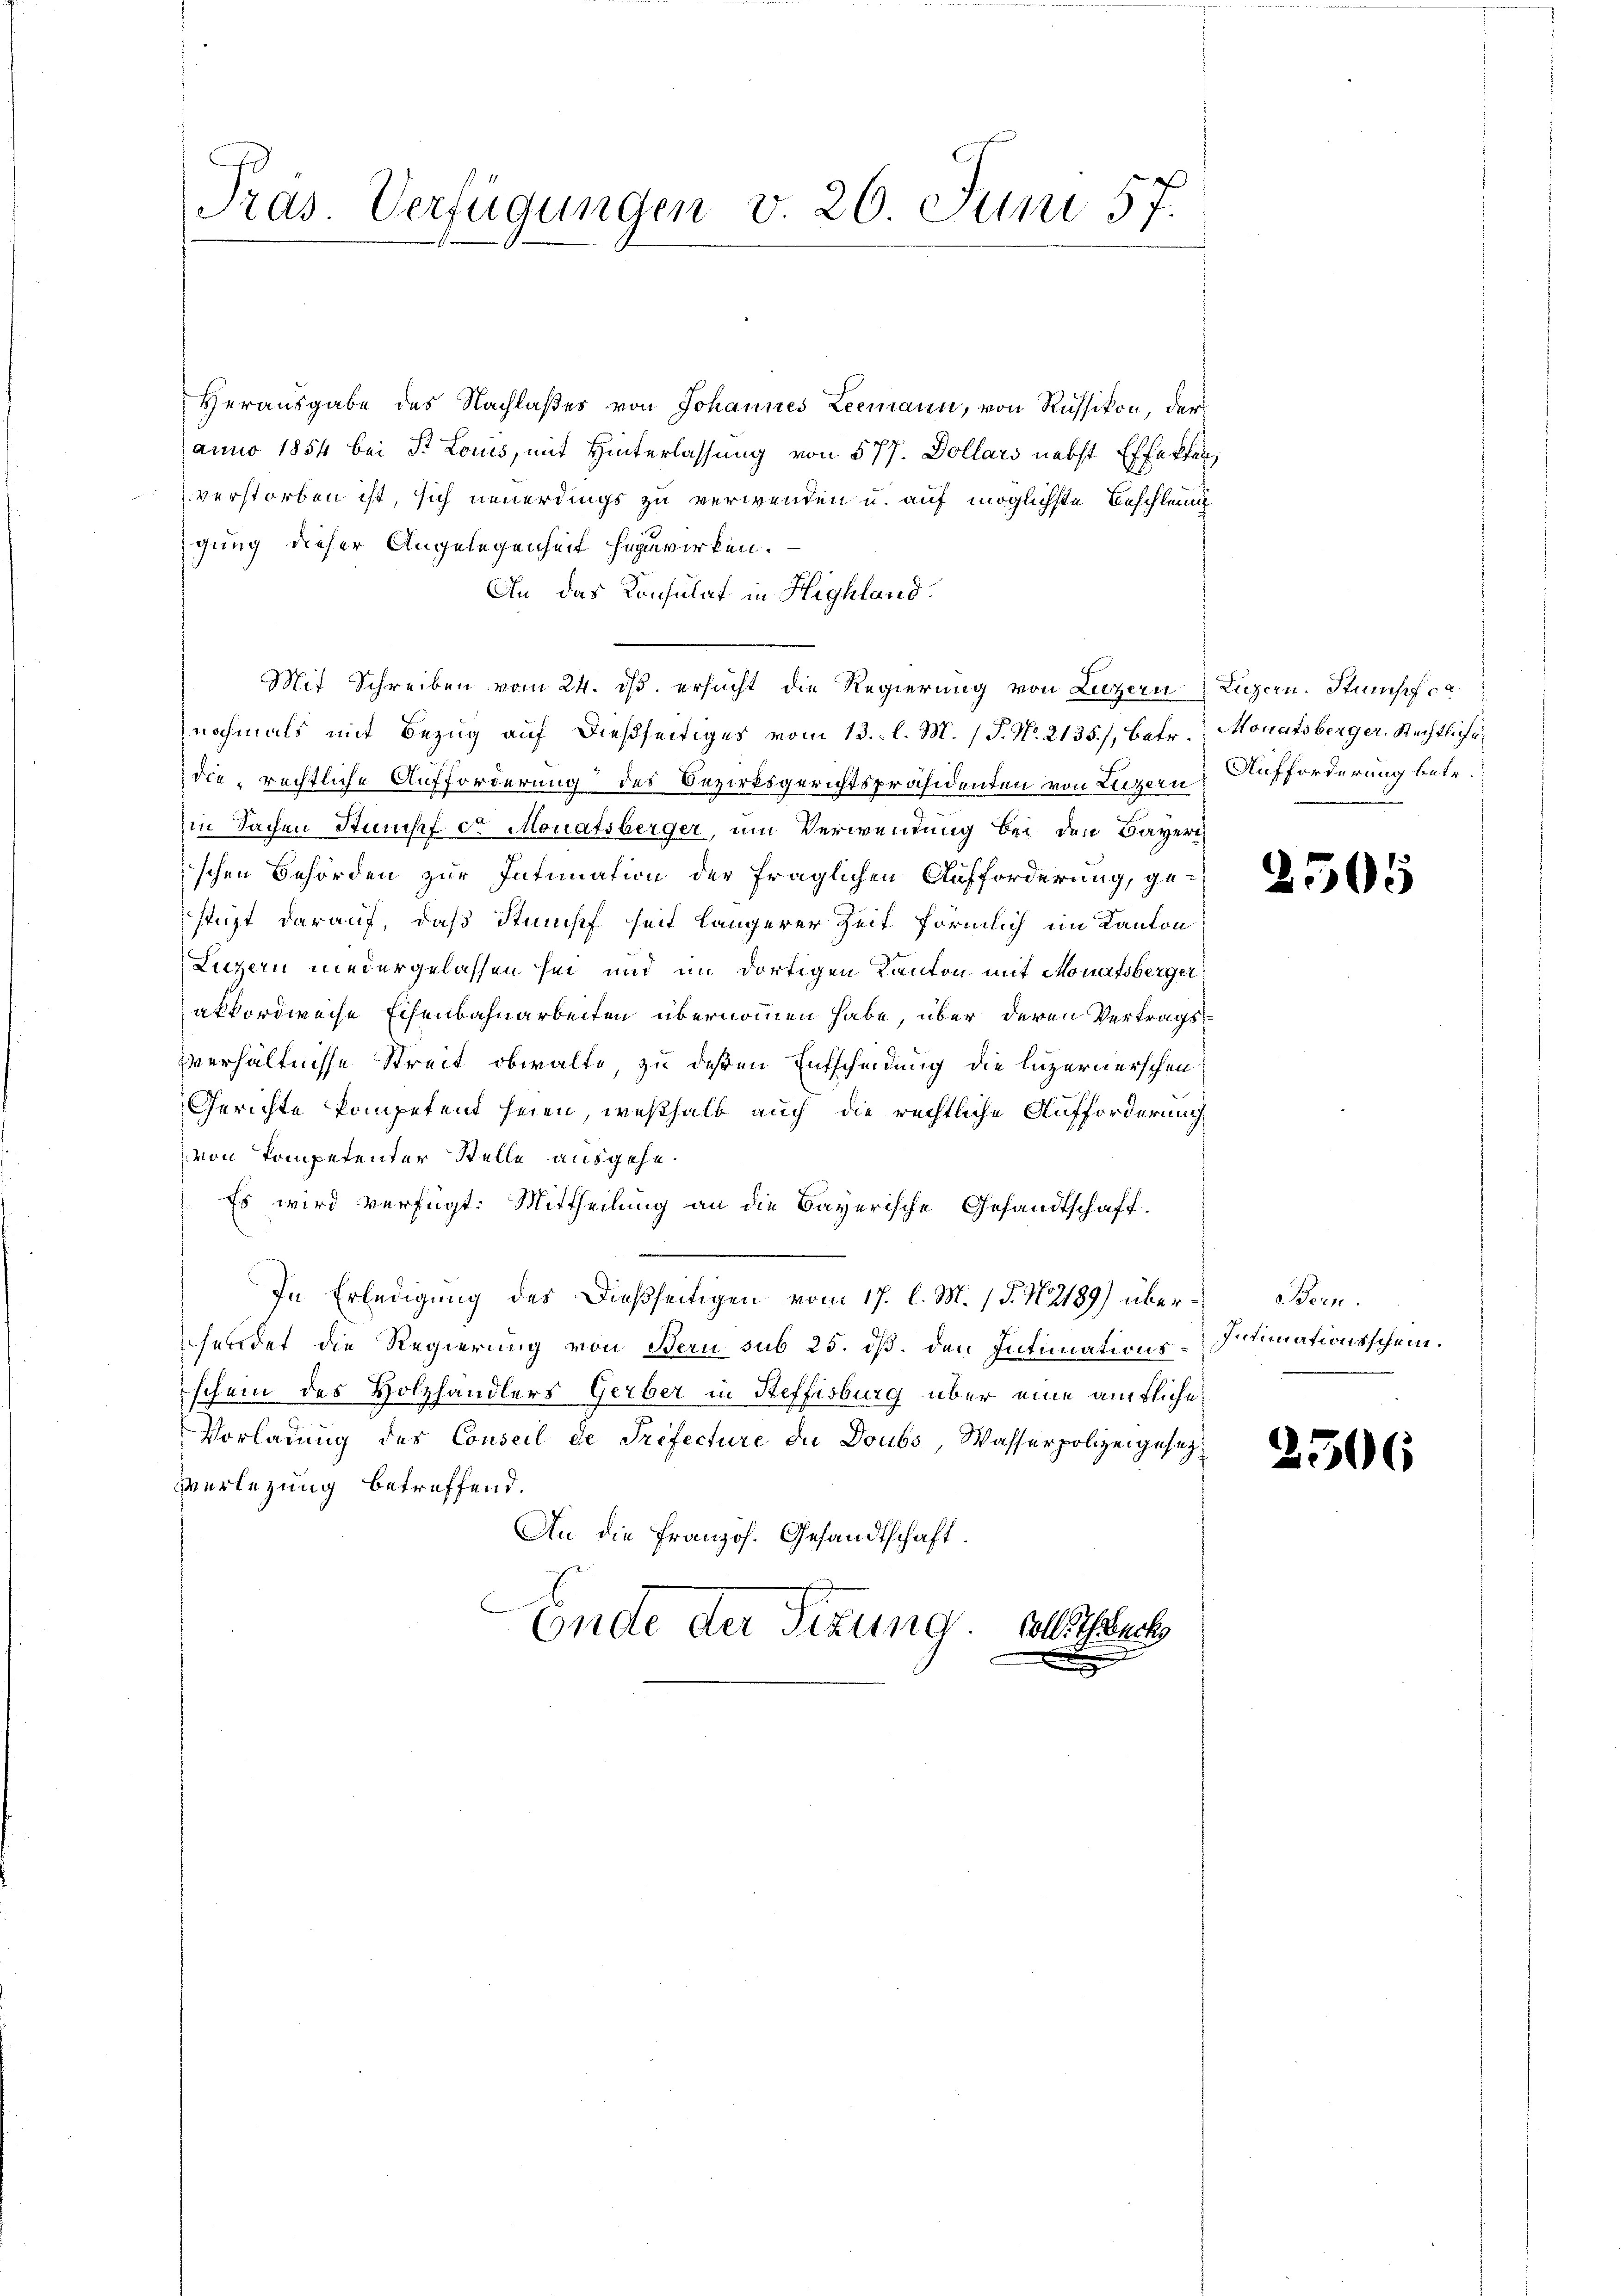
Herausgabe des Nachlaßes von Johannes Leemann, von Russikon, der
anno 1854 bei St. Louis, mit Hinterlassung von 577. Dollars nebst Effekten,
verstorben ist, sich neuerdings zu verwenden u. auf möglichste Beschleun
igung dieser Angelegenheit herwirken.
An das Konsulat in Highland.
Mit Schreiben vom 24. ds. ersucht die Regierung von Luzern Luzern. Stumpf ca
nochmals mit Bezug auf dießseitiges vom 13. l. M. (T. No. 2135), betr. Monatsberger. Rechtliche
dierechtliche Aufforderung des Bezirksgerichtspräsidenten von Luzern Aufforderung betr.
in Sachen Stumpf der Monatsberger, um Verwendung bei den Bayeri
schen Behörden zur Intimation der fraglichen Aufforderung, gestüzt darauf, daß Stumpf seit längerer Zeit förmlich im Kanton
Luzern niedergelassen sei und im dortigen Kanton mit Monatsberger
akkordweise Eisenbahnarbeiten übernommen habe, über deren Vertrags
verhältnisse Streit obwalte, zu deßen Entscheidung die luzernerschen
Gerichte kompetent seien, weßhalb auch die rechtliche Aufforderung
von kompetenter Stelle ausgehe.
Es wird verfügt: Mittheilung an die Bayerische Gesandtschaft.
In Erledigung des dießseitigen vom 17. l. M. P. N. 2189) über-Bern.
hendet die Regierung von Bern sub 25. dß. den Intimations-Intimationsschein.
schein des Holzhändlers Gerber in Steffisburg über eine amtliche
Vorladung des Conseil de Prefecture die Doubs, Wasserpolizeigesezverlegung betreffend.
An die Französ. Gesandtschaft.
Ende der Sitzung. Vollstech
u

Präs. Verfügungen v. 26. Juni 57.

2505

2506